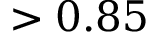
> 0 . 8 5